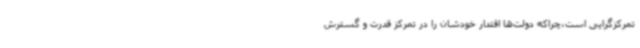
تمرکزگرایی است،‌چراکه دولت‌ها اقتدار خودشان را در تمرکز قدرت و گسترش